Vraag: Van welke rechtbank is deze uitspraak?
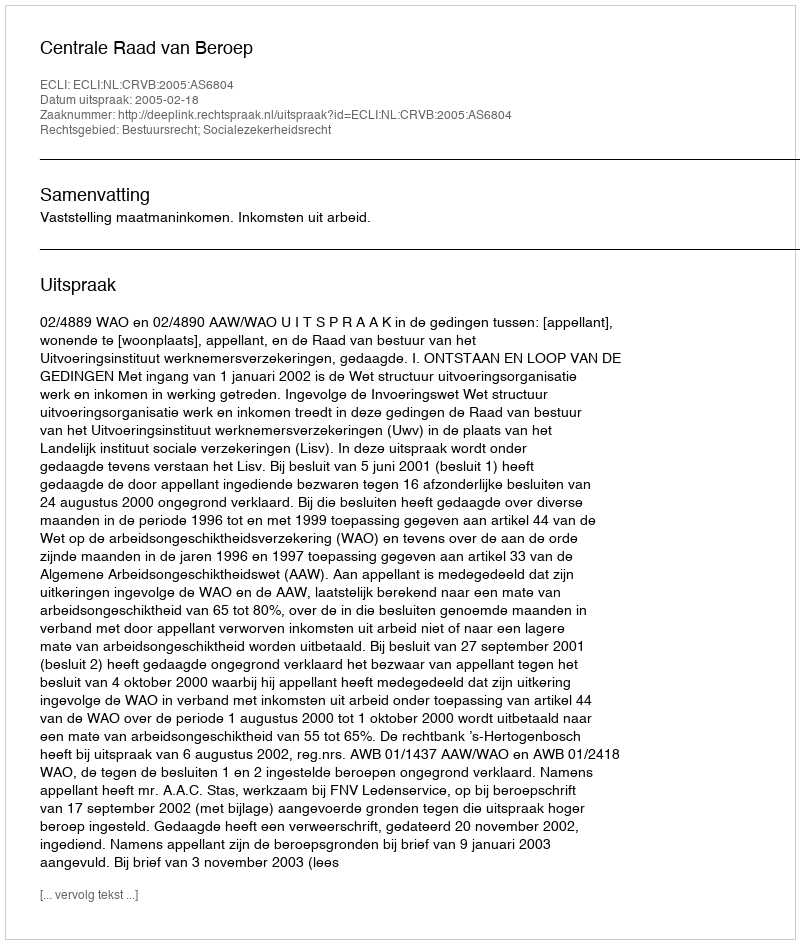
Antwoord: Centrale Raad van Beroep